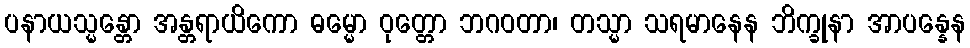
ပနာယသ္မန္တော အန္တရာယိကော ဓမ္မော ဝုတ္တော ဘဂဝတာ၊ တသ္မာ သရမာနေန ဘိက္ခုနာ အာပန္နေန